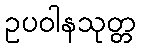
ဥပဝါနသုတ္တ